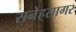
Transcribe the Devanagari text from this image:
सनेहसागर